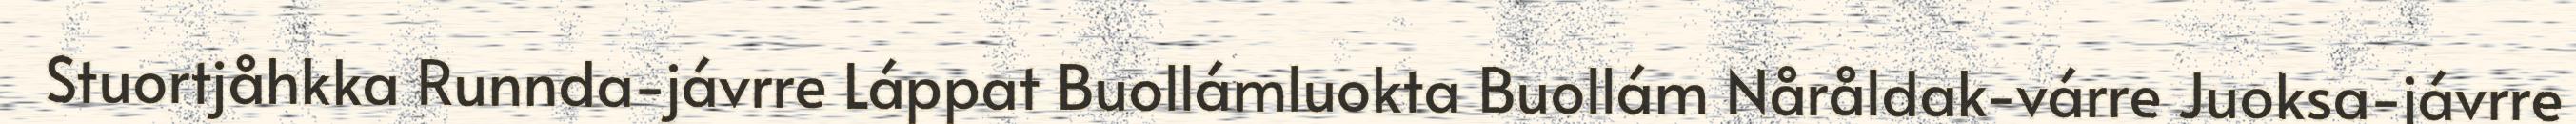
Stuortjåhkka Runnda-jávrre Láppat Buollámluokta Buollám Nåråldak-várre Juoksa-jávrre